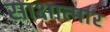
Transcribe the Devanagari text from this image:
साक्षात्मार